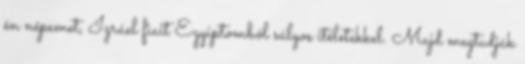
én népemet, Izráel fiait Egyiptomból súlyos ítéletekkel. Majd megtudják